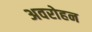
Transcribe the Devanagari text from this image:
अवरोहन